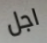
اجل